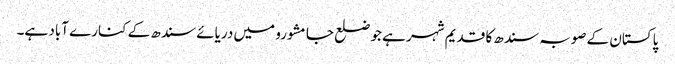
پاکستان کے صوبہ سندھ کا قدیم شہر ہے جو ضلع جامشورو میں دریائے سندھ کے کنارے آباد ہے۔